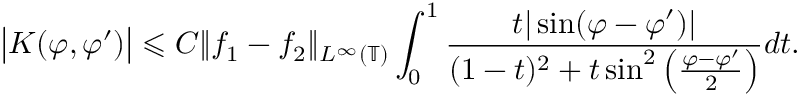
\big | K ( \varphi , \varphi ^ { \prime } ) \big | \leqslant C \| f _ { 1 } - f _ { 2 } \| _ { L ^ { \infty } ( \mathbb { T } ) } \int _ { 0 } ^ { 1 } \frac { t | \sin ( \varphi - \varphi ^ { \prime } ) | } { ( 1 - t ) ^ { 2 } + t \sin ^ { 2 } \left( \frac { \varphi - \varphi ^ { \prime } } { 2 } \right) } d t .